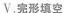
Ⅴ.完形填空